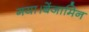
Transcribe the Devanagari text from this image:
गया।बेंजामिन